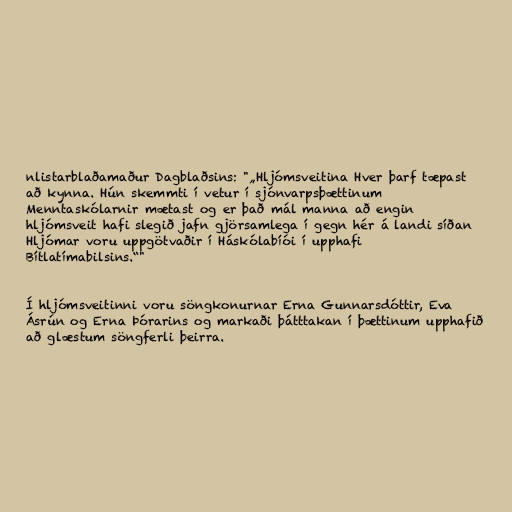
nlistarblaðamaður Dagblaðsins: "„Hljómsveitina Hver þarf tæpast
að kynna. Hún skemmti í vetur í sjónvarpsþættinum
Menntaskólarnir mætast og er það mál manna að engin
hljómsveit hafi slegið jafn gjörsamlega í gegn hér á landi síðan
Hljómar voru uppgötvaðir í Háskólabíói í upphafi
Bítlatímabilsins.“"

Í hljómsveitinni voru söngkonurnar Erna Gunnarsdóttir, Eva
Ásrún og Erna Þórarins og markaði þátttakan í þættinum upphafið
að glæstum söngferli þeirra.